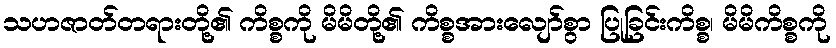
သဟဇာတ်တရားတို့၏ ကိစ္စကို မိမိတို့၏ ကိစ္စအားလျော်စွာ ပြုခြင်းကိစ္စ၊ မိမိကိစ္စကို